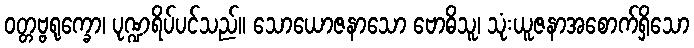
ဝတ္တဗ္ဗရုက္ခော၊ ပုဏ္ဍရိပ်ပင်သည်။ သောယောဇနာသော ဗောဓိသူ၊ သုံးယူဇနာအစောက်ရှိသော